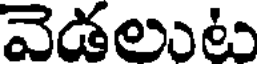
వెడలుట